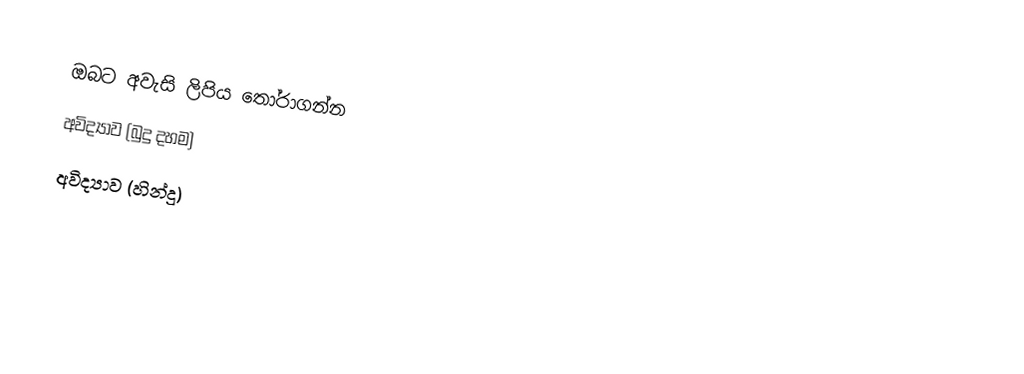
ඔබට අවැසි ලිපිය තෝරාගන්න
  අවිද්‍යාව (බුදු දහම)
  අවිද්‍යාව (හින්දු)